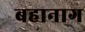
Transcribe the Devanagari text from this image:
बहानाग